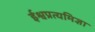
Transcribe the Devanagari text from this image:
ईश्वप्रत्यमिज्ञा